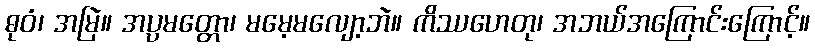
ဓုဝံ၊ အမြဲ။ အပ္ပမတ္တော၊ မမေ့မလျော့ဘဲ။ ကိဿဟေတု၊ အဘယ်အကြောင်းကြောင့်။